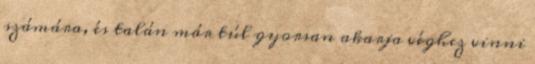
számára, és talán már túl gyorsan akarja véghez vinni